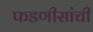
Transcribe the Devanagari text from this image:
फडणीसांची